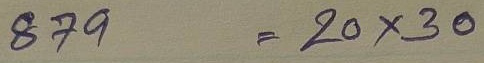
879 = 20 x 30